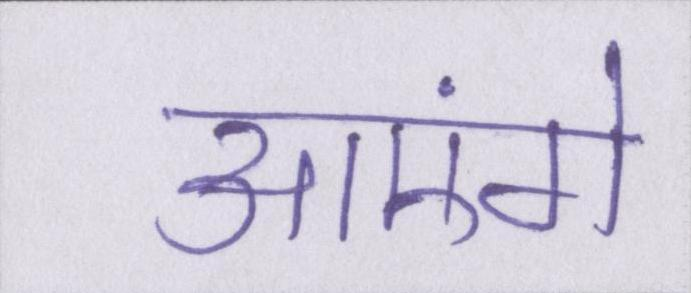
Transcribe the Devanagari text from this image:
आएंगे